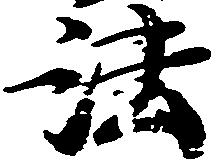
法